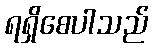
ရရှိစေပါသည်